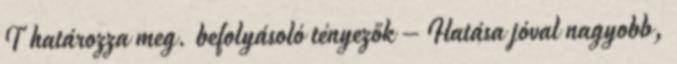
T határozza meg. befolyásoló tényezők – Hatása jóval nagyobb,